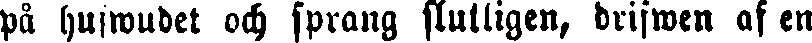
på hufwudet och sprang slutligen, drifwen af en